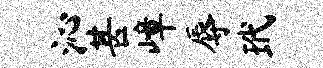
沁甚嶂辱玳